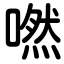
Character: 嘫